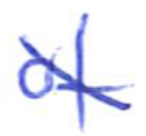
Text: of
Cross-out: diagonal
Writing tool: ballpoint